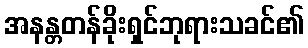
အနန္တတန်ခိုးရှင်ဘုရားသခင်၏